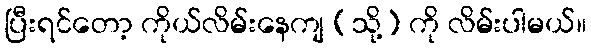
ပြီးရင်တော့ ကိုယ်လိမ်းနေကျ (သို့) ကို လိမ်းပါမယ်။